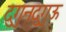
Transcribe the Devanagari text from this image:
दुगुनदुगुऊ